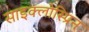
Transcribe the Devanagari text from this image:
साइक्लोस्प्रिन